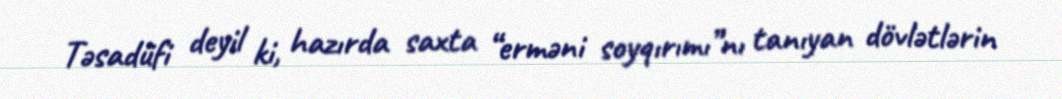
Təsadüfi deyil ki, hazırda saxta “erməni soyqırımı”nı tanıyan dövlətlərin